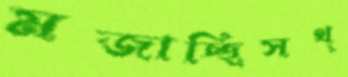
মজাচ্ছিসথ্